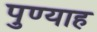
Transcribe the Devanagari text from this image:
पुण्याह